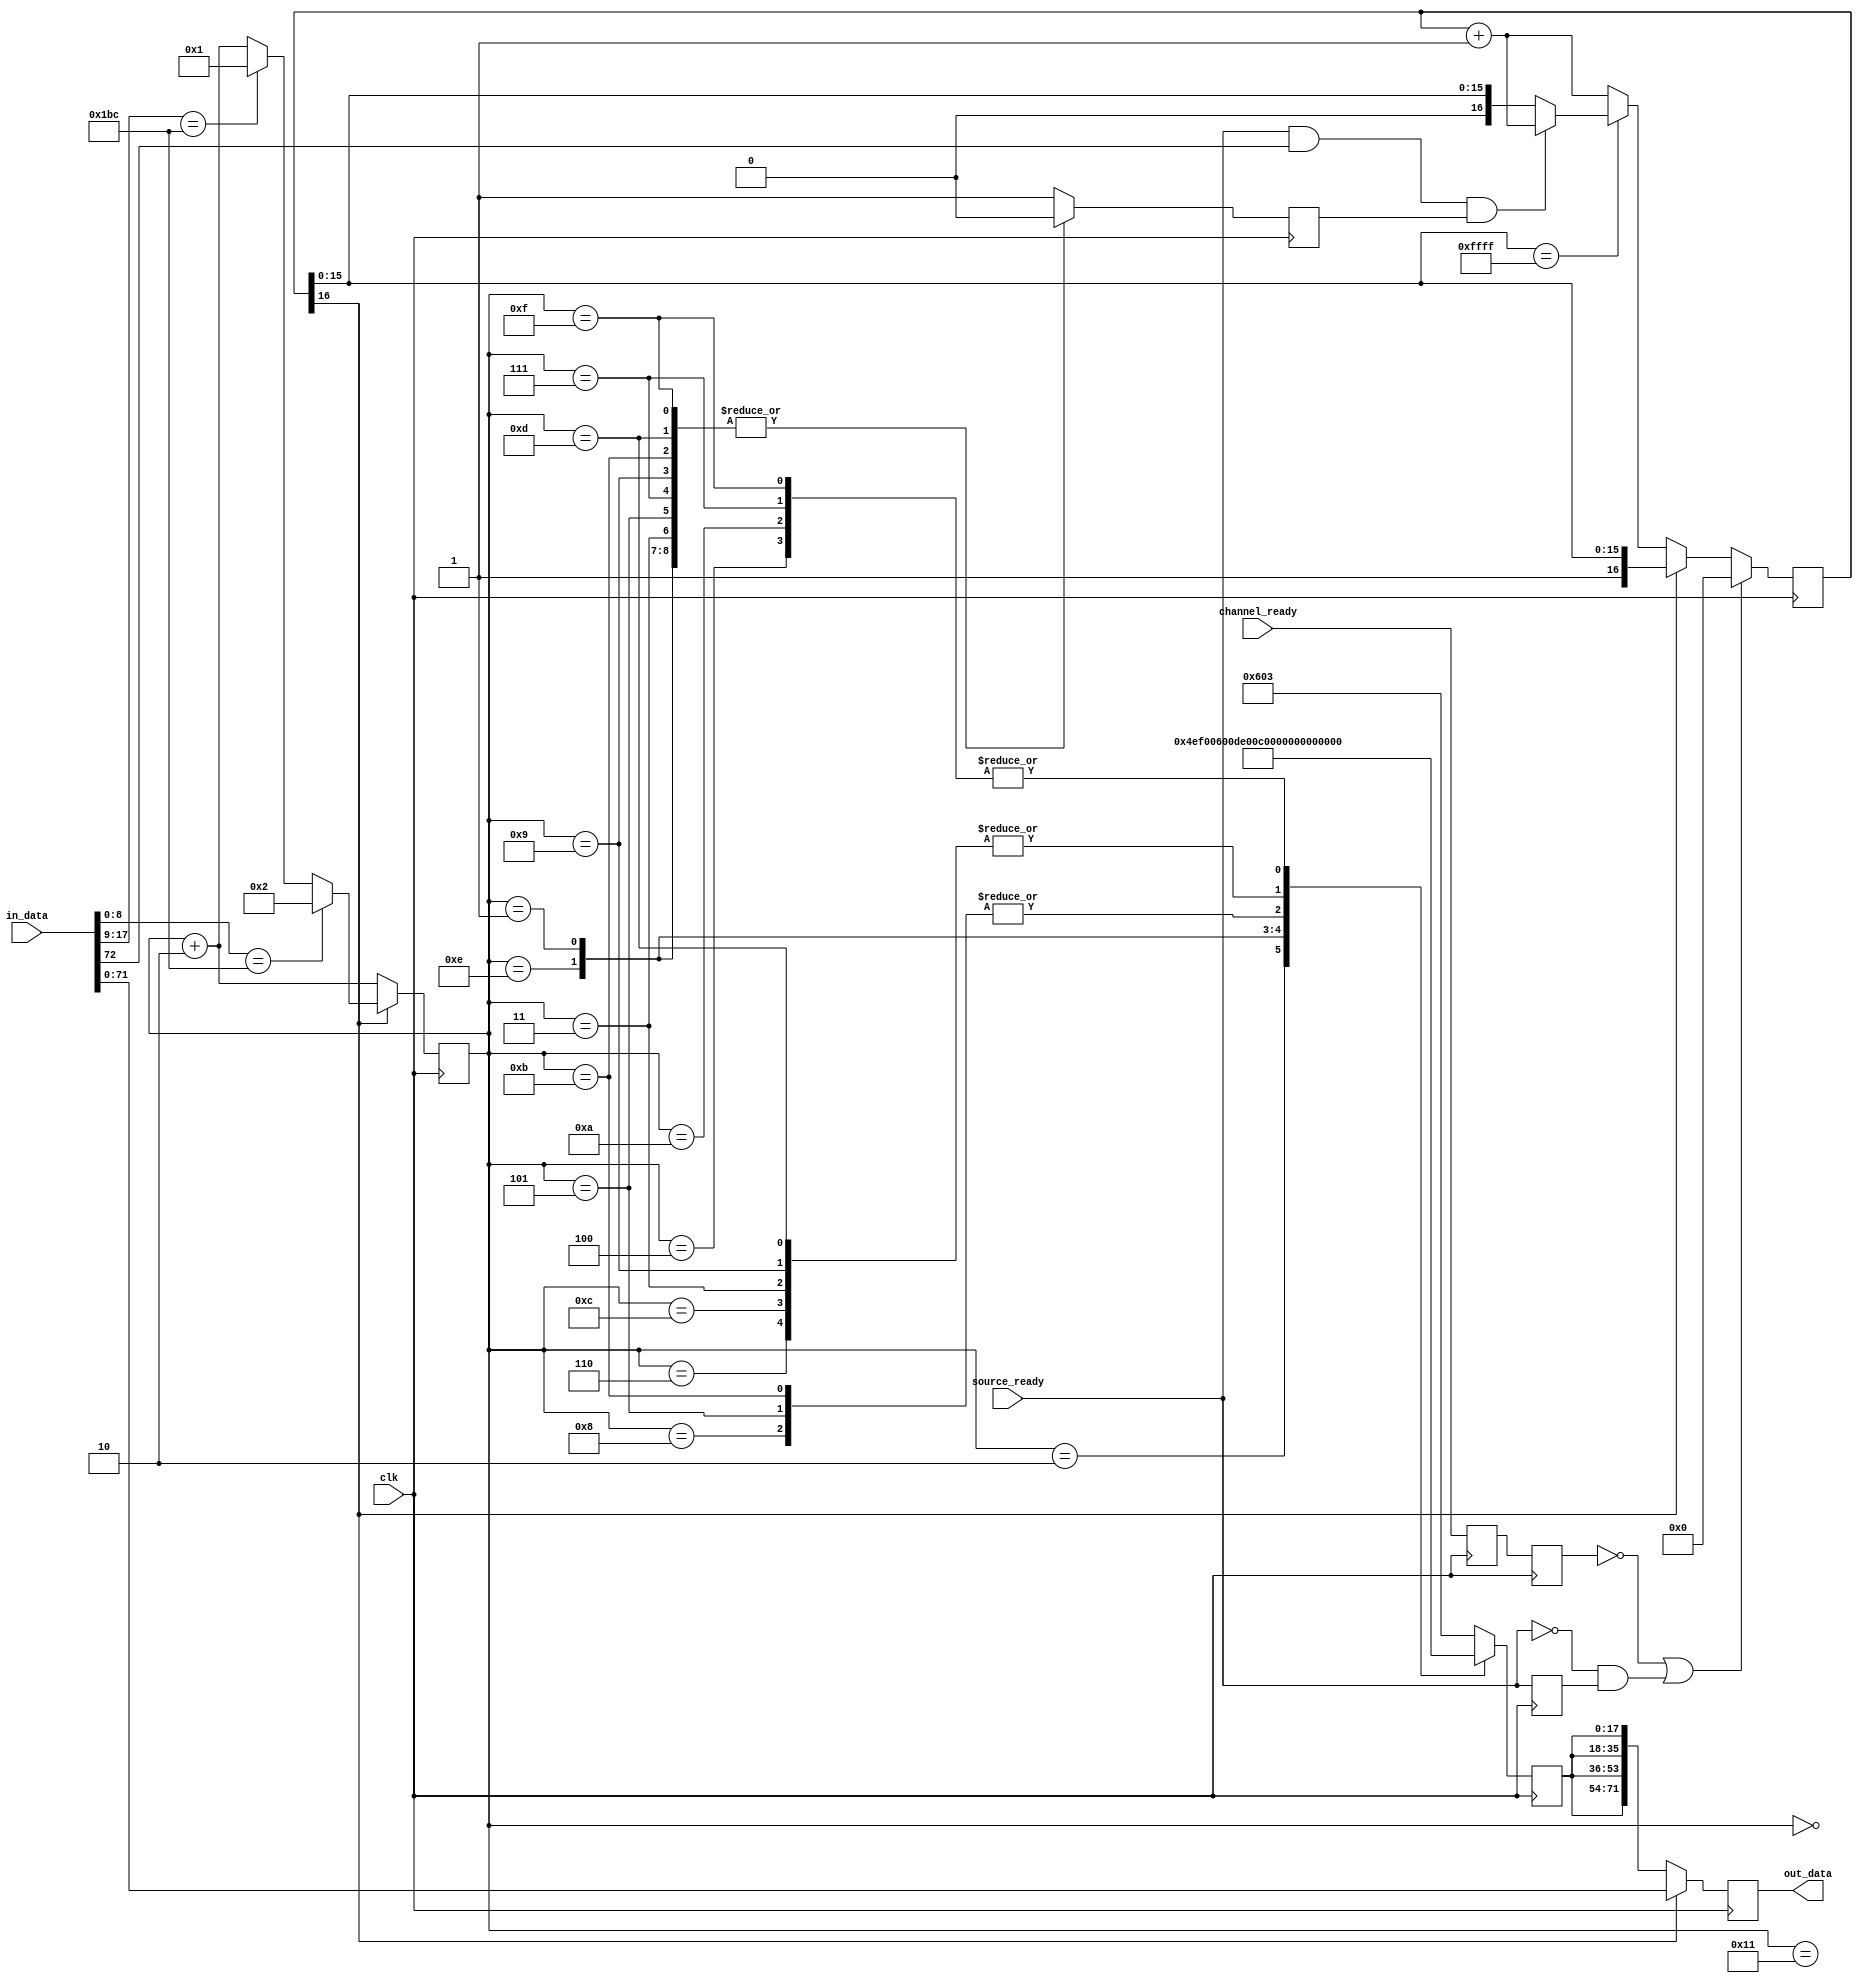
///////////////////////////////////////////////////////////////////////////////
// ./src/idle_pattern_inserter.v : 
//
//
// Part of the DisplayPort_Verlog project - an open implementation of the 
// DisplayPort protocol for FPGA boards. 
//
// See https://github.com/hamsternz/DisplayPort_Verilog for latest versions.
//
///////////////////////////////////////////////////////////////////////////////
// Version |  Notes
// ----------------------------------------------------------------------------
//   1.0   | Initial Release
//
///////////////////////////////////////////////////////////////////////////////
//
// MIT License
// 
// Copyright (c) 2019 Mike Field
// 
// Permission is hereby granted, free of charge, to any person obtaining a copy
// of this software and associated documentation files (the "Software"), to deal
// in the Software without restriction, including without limitation the rights
// to use, copy, modify, merge, publish, distribute, sublicense, and/or sell
// copies of the Software, and to permit persons to whom the Software is
// furnished to do so, subject to the following conditions:
// 
// The above copyright notice and this permission notice shall be included in all
// copies or substantial portions of the Software.
// 
// THE SOFTWARE IS PROVIDED "AS IS", WITHOUT WARRANTY OF ANY KIND, EXPRESS OR
// IMPLIED, INCLUDING BUT NOT LIMITED TO THE WARRANTIES OF MERCHANTABILITY,
// FITNESS FOR A PARTICULAR PURPOSE AND NONINFRINGEMENT. IN NO EVENT SHALL THE
// AUTHORS OR COPYRIGHT HOLDERS BE LIABLE FOR ANY CLAIM, DAMAGES OR OTHER
// LIABILITY, WHETHER IN AN ACTION OF CONTRACT, TORT OR OTHERWISE, ARISING FROM,
// OUT OF OR IN CONNECTION WITH THE SOFTWARE OR THE USE OR OTHER DEALINGS IN THE
// SOFTWARE.
//
///////////////////////////////////////////////////////////////////////////////
//
// Want to say thanks?
//
// This design has taken many hours - 3 months of work for the initial VHDL
// design, and another month or so to convert it to Verilog for this release.
//
// I'm more than happy to share it if you can make use of it. It is released
// under the MIT license, so you are not under any onus to say thanks, but....
//
// If you what to say thanks for this design either drop me an email, or how about
// trying PayPal to my email (hamster@snap.net.nz)?
//
//  Educational use - Enough for a beer
//  Hobbyist use    - Enough for a pizza
//  Research use    - Enough to take the family out to dinner
//  Commercial use  - A weeks pay for an engineer (I wish!)
//
///////////////////////////////////////////////////////////////////////////////
`timescale 1ns / 1ps
module idle_pattern_inserter ( 
        input wire             clk,
        input wire             channel_ready,
        input wire             source_ready,
        input wire      [72:0] in_data, // Bit 72 is the switch point indicator
        output reg [71:0] out_data
);


    reg [16:0] count_to_switch;
    reg        source_ready_last;
    reg        idle_switch_point;
    
    reg [12:0] idle_count;    

    localparam [8:0] BS     = 9'b110111100;   // K28.5
    localparam [8:0] DUMMY  = 9'b000000011;   // 0x3
    localparam [8:0] VB_ID  = 9'b000001001;   // 0x09  VB-ID with no video asserted 
    localparam [8:0] Mvid   = 9'b000000000;   // 0x00
    localparam [8:0] Maud   = 9'b000000000;   // 0x00    

    reg [17:0] idle_data;
    reg        channel_ready_i;
    reg        channel_ready_meta;   // TODO: NEED TO SET ASYNCREG

initial begin
    channel_ready_i    = 1'b0;
    channel_ready_meta = 1'b0;
    out_data           = 72'b0;
    idle_data          = 18'b0;
    count_to_switch    = 17'b0;
    idle_count         = 13'b0;
end 



always @(posedge clk) begin
    if(count_to_switch[16] == 1'b1) begin
        out_data  <= in_data[71:0];
    end else begin
        // send idle pattern
        out_data   <= { idle_data, idle_data, idle_data, idle_data};
    end
    
    if(count_to_switch[16] == 1'b0) begin
        //------------------------------------------------------
        // The last tick over requires the source to be ready
        // and to be asserting that it is in the switch point.
        //------------------------------------------------------
        if(count_to_switch[15:0] == 16'hFFFF) begin
            //-------------------------------------
            // Bit 72 is the switch point indicator
            //-------------------------------------
            if(source_ready == 1'b1 && in_data[72] == 1'b1 && idle_switch_point == 1'b1) begin
               count_to_switch <= count_to_switch + 1;
            end
        end else begin
            //------------------------------------------------------
            // Wait while we send out at least 64k of idle patterns
            //------------------------------------------------------
            count_to_switch <= count_to_switch + 1;
        end
    end

    //-----------------------------------------------------------------------
    // If either the source drops or the channel is not ready, then reset
    // to emitting the idle pattern. 
    //-----------------------------------------------------------------------
    if(channel_ready_i == 1'b0 || (source_ready == 1'b0 && source_ready_last == 1'b1)) begin
        count_to_switch <= 17'b0;
    end
    source_ready_last  <= source_ready;
            
    //------------------------------------------------------
    // We can either be odd or even aligned, depending on
    //  where the last BS symbol was seen. We need to send
    //  the next one 8192 symbols later (4096 cycles)
    //------------------------------------------------------
    idle_switch_point <= 1'b0;
    case(idle_count)
        // For the even aligment
        0:       idle_data <= {DUMMY, DUMMY};
        2:       idle_data <= {VB_ID, BS   };
        4:       idle_data <= {Maud,  Mvid };
        6:       idle_data <= {Mvid,  VB_ID};
        8:       idle_data <= {VB_ID, Maud };
        10:      idle_data <= {Maud,  Mvid };
        12:      idle_data <= {Mvid,  VB_ID};
        14:      idle_data <= {DUMMY, Maud };
        // For the odd aligment
        1:       idle_data <= {BS,    DUMMY};
        3:       idle_data <= {Mvid,  VB_ID};             
        5:       idle_data <= {VB_ID, Maud };
        7:       idle_data <= {Maud,  Mvid };
        9:       idle_data <= {Mvid,  VB_ID};
        11:      idle_data <= {VB_ID, Maud };
        13:      idle_data <= {Mvid,  VB_ID};
        15:      idle_data <= {Maud,  Mvid };
        17:      idle_data <= {DUMMY, DUMMY};
        default: begin
                     idle_data <= {DUMMY, DUMMY}; // can switch to the actual video at any other time
                     idle_switch_point <= 1'b1;   // other than when the BS, VB-ID, Mvid, Maud sequence
                 end
    endcase 

    idle_count <= idle_count + 2;            
    //------------------------------------------------------ 
    // Sync with the BS stream of the input signal but only 
    // if we are switched over to it (indicated by the high
    // bit of count_to_switch being set)
    //------------------------------------------------------ 
    if(count_to_switch[16] == 1'b1) begin
        if(in_data[8:0] == BS) begin
            idle_count <= 13'b10;
        end else if(in_data[17:9] == BS) begin
            idle_count <= 13'b1;
        end 
    end 
    channel_ready_i     <= channel_ready_meta; 
    channel_ready_meta  <= channel_ready;
end

endmodule